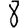
Digit: 8